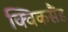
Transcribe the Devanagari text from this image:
क्विकसैंड